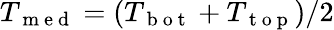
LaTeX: T_{\mathrm{~m~e~d~}}=(T_{\mathrm{~b~o~t~}}+T_{\mathrm{~t~o~p~}})/2